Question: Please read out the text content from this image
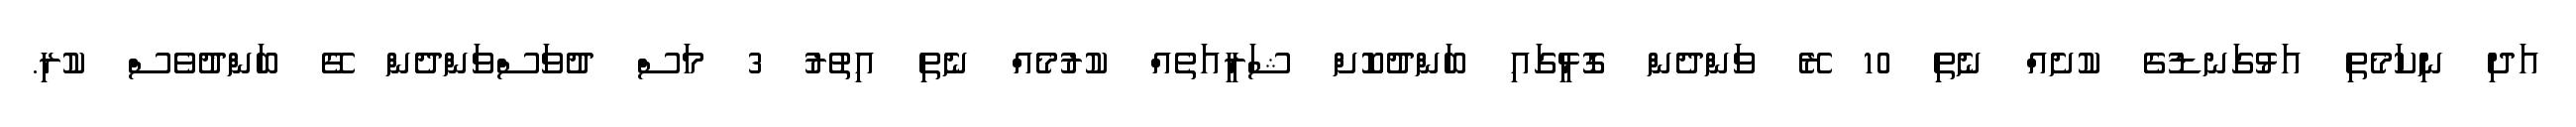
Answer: އަދި ނިކަމެތި އަޅުގަނޑުގެ ކުށެއް ނެތި 10 ރޭ ވަންދެން ގޮޅީގައި ބަންދުކޮށް ޝަރީއަތެއް ކުރުމެއް ނެތި އިތުރު 3 މަސް ދުވަސްވަންދެން ގޭ ބަންދުވެސް ކުރި.